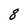
Character: 8